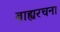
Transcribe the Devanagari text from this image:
बाह्यरचना